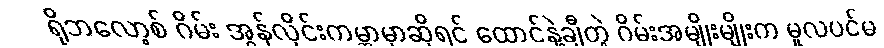
ရိုဘလော့စ် ဂိမ်း အွန်လိုင်းကမ္ဘာမှာဆိုရင် ထောင်နဲ့ချီတဲ့ ဂိမ်းအမျိုးမျိုးက မူလပင်မ